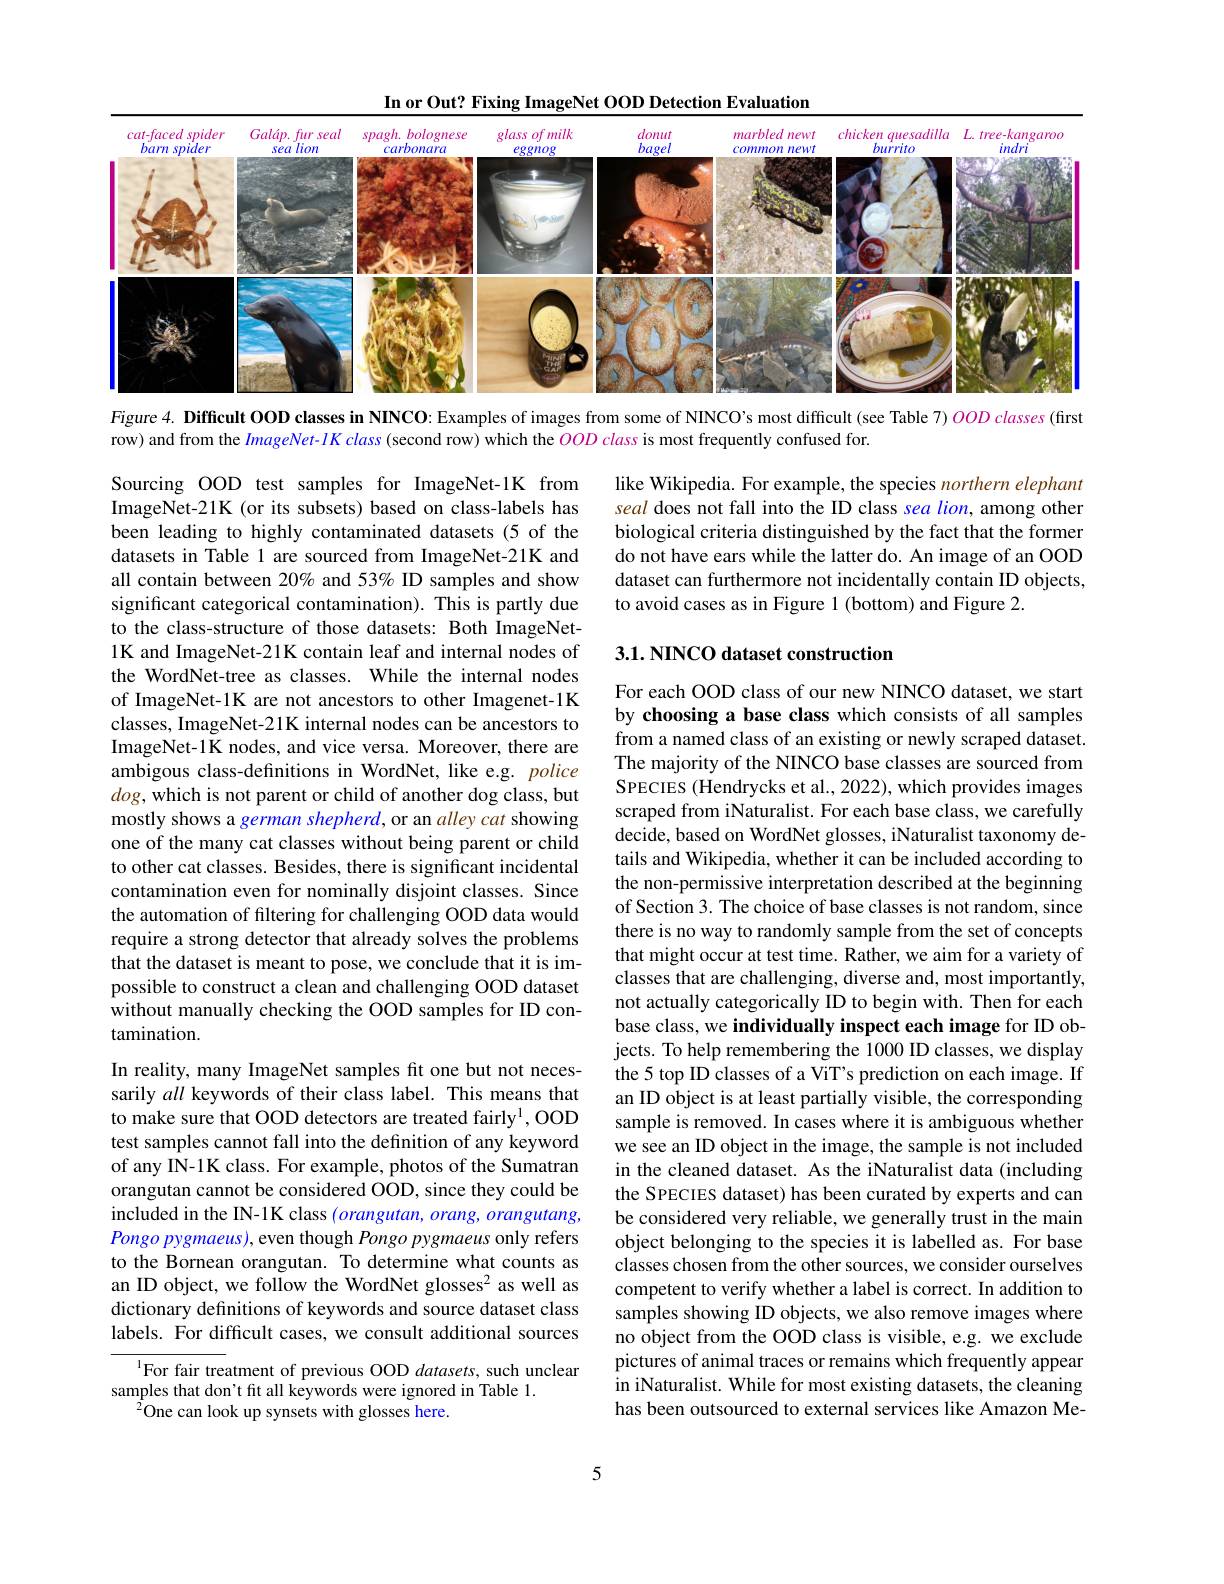
In or Out? Fixing ImageNet OOD Detection Evaluation
<FigureHere>

Figure 4. Difficult OOD classes in NINCO: Examples of images from some of NINCO's most difficult (see Table 7) $OOD$ classes (first

row) and from the $ImageNet-IKclass$ (second row) which the $\color{red}{OOD}class$ is most frequently confused for.

like Wikipedia. For example, the species northern elephant seal does not fall into the ID class sea lion, among other biological criteria distinguished by the fact that the former do not have ears while the latter do. An image of an OOD dataset can furthermore not incidentally contain ID objects, to avoid cases as in Figure 1 (bottom) and Figure 2.

## 3.1. NINCO dataset construction

Sourcing OOD test samples for ImageNet-1K from ImageNet-21K (or its subsets) based on class-labels has been leading to highly contaminated datasets (5 of the datasets in Table 1 are sourced from ImageNet-21K and all contain between 20% and 53% ID samples and show significant categorical contamination). This is partly due to the class-structure of those datasets: Both ImageNet- 1K and ImageNet-21K contain leaf and internal nodes of the WordNet-tree as classes. While the internal nodes of ImageNet-1K are not ancestors to other Imagenet-1K classes, ImageNet-21K internal nodes can be ancestors to ImageNet-1K nodes, and vice versa. Moreover, there are ambigous class-defnitions in WordNet, like e.g. police $dog$,which is not parent or child of another dog class, but mostly shows a german shepherd, or an alley cat showing one of the many cat classes without being parent or child to other cat classes. Besides, there is significant incidental contamination even for nominally disjoint classes. Since the automation of filtering for challenging OOD data would require a strong detector that already solves the problems that the dataset is meant to pose, we conclude that it is impossible to construct a clean and challenging OOD dataset without manually checking the OOD samples for ID contamination.

For each OOD class of our new NINCO dataset, we start by choosing a base class which consists of all samples from a named class of an existing or newly scraped dataset. The majority of the NINCO base classes are sourced from SPECIES (Hendrycks et al., 2022), which provides images scraped from iNaturalist. For each base class, we carefully decide, based on WordNet glosses, iNaturalist taxonomy details and Wikipedia, whether it can be included according to the non-permissive interpretation described at the beginning of Section 3. The choice of base classes is not random, since there is no way to randomly sample from the set of concepts that might occur at test time. Rather, we aim for a variety of classes that are challenging, diverse and, most importantly, not actually categorically ID to begin with. Then for each base class, we individually inspect each image for ID objects. To help remembering the 1000 ID classes, we display the 5 top ID classes of a ViT's prediction on each image. If an ID object is at least partially visible, the corresponding sample is removed. In cases where it is ambiguous whether we see an ID object in the image, the sample is not included in the cleaned dataset. As the iNaturalist data (including the SPECIES dataset) has been curated by experts and can be considered very reliable, we generally trust in the main object belonging to the species it is labelled as. For base classes chosen from the other sources, we consider ourselves competent to verify whether a label is correct. In addition to samples showing ID objects, we also remove images where no object from the OOD class is visible, e.g. we exclude pictures of animal traces or remains which frequently appear in iNaturalist. While for most existing datasets, the cleaning has been outsourced to external services like Amazon Me-

In reality, many ImageNet samples fit one but not necessarily all keywords of their class label. This means that to make sure that OOD detectors are treated fairly$^1$,OOD test samples cannot fall into the definition of any keyword of any IN-1K class. For example, photos of the Sumatran orangutan cannot be considered OOD, since they could be included in the IN-1K class $(orangutan,orang,orangutang$, Pongo pygmaeus), even though Pongo pygmaeus only refers to the Bornean orangutan. To determine what counts as an ID object, we follow the WordNet glosses$^2$ as well as dictionary definitions of keywords and source dataset class labels. For difficult cases, we consult additional sources

$^{1}$For fair treatment of previous OOD datasets, such unclear
samples that don't fit all keywords were ignored in Table 1.
$^{2}$One can look up synsets with glosses here.

5